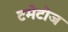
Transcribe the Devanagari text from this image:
टमेटोज